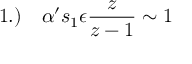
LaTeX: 1 . ) \quad \alpha ^ { \prime } s _ { 1 } \epsilon \frac z { z - 1 } \sim 1